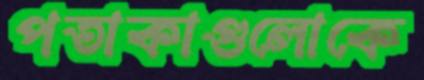
পতাকাগুলোকে